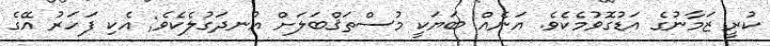
ކުރީ ޒަމާނުގެ އަޑުގޮވުމެކެވެ. އަނެއް ބަޔަކީ މުސްތަޤްބަލަށް އުނދަގުލެކެވެ; އެކި ފަހަރު އޭގެ